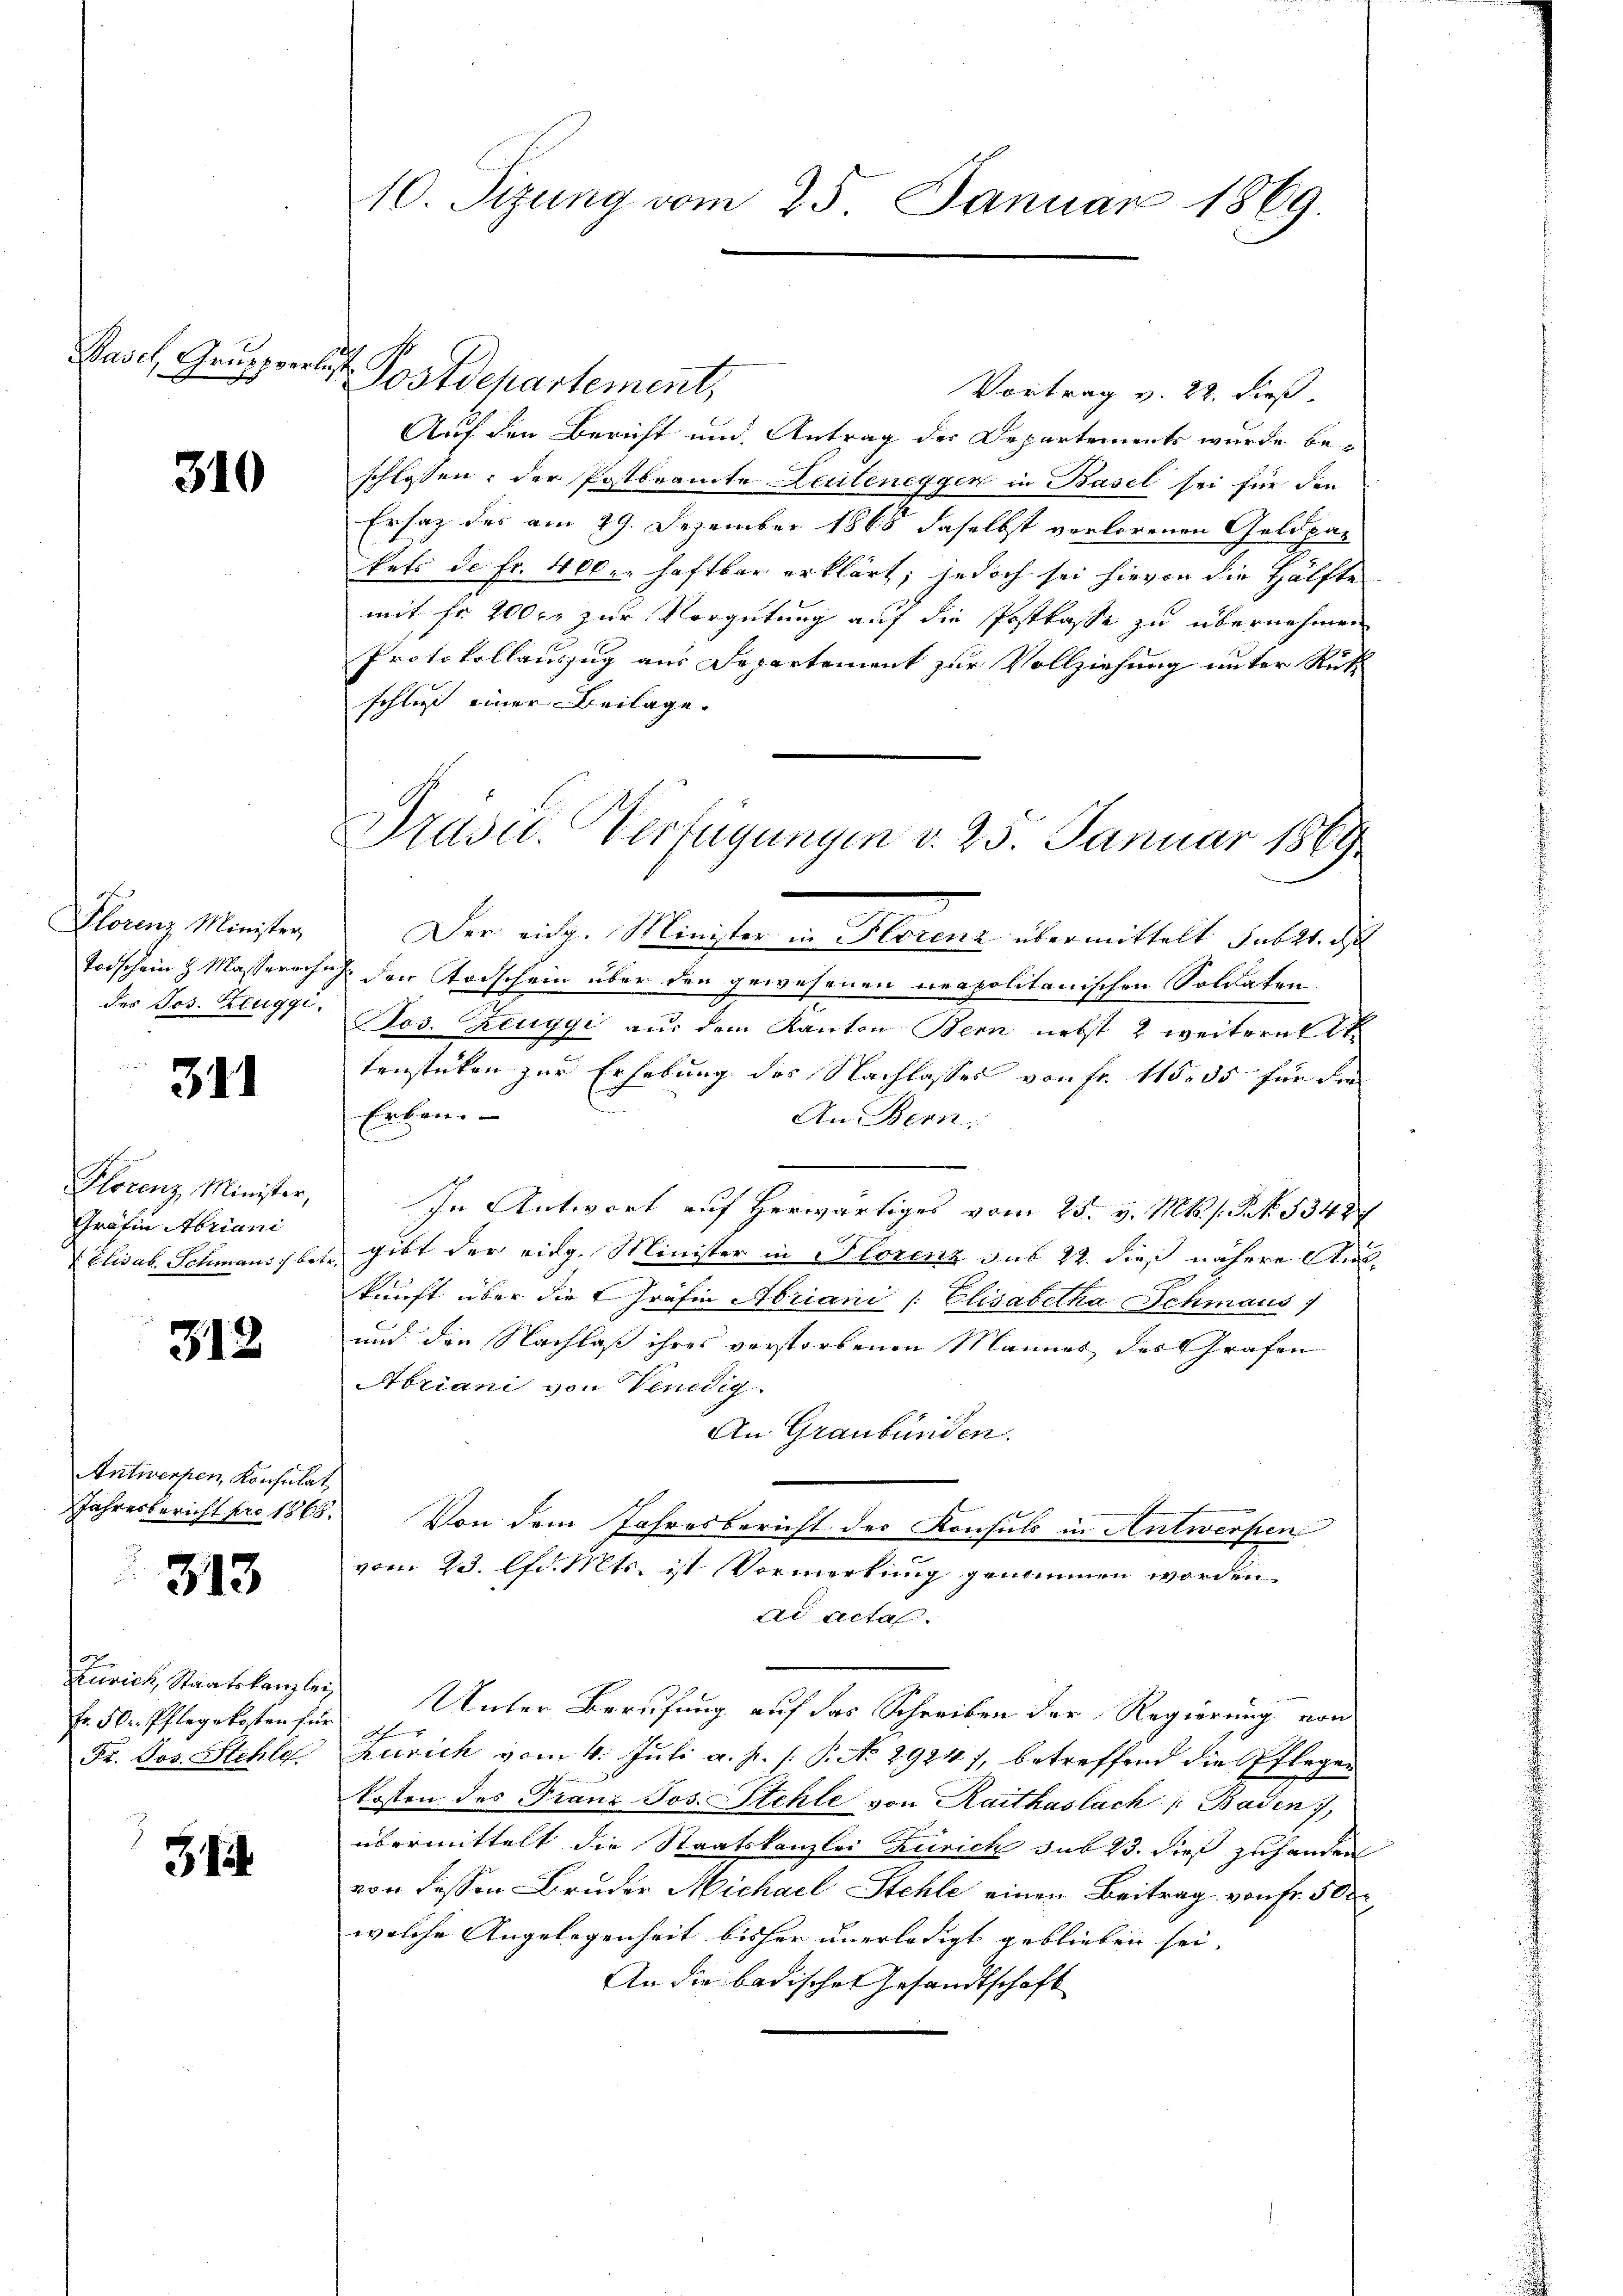
Basel, Gruppverlust

310

Florenz Minister
Todschein H. Masserwehn
des Jos. Zeuggi.

311

Plocenz Minister,
Gräfin Abriani
 Elisab. Schmaus be

312

Antwerfen Konsulat
Jahresbericht pro 1868.

313

Zürich, Staatskanzley
Fr. 5kr. Pflegekosten für
Fr. Jos. Stehle

31

10. Sizung vom 25. Januar 1869.

Postdepartement,

Vortrag v. 22. dieß.
Auf den Bericht und Antrag der Departements wurde be-
schlossen: der Postbramte Leuteneggen in Basel sei für den
Ersatz des am 29. Dezember 1868 daselbst verlorenen Geldpar
kets de Fr. 400 er haftbar erklärt; jedoch sei hievon die Hälfte
mit fr. 200 c. zur Vergütung auf die Postkasse zu übernehmen
Protokollauszug aus Departement zur Vollziehung unter Rütz
schließ einer Beilage
Der eidg. Minister in Florenz übermittelt subtt. d
I der Strischem über den gewesenen neapolitanischen Soldaten-
Jos. Zeuggi aus dem Kanton Bern nebst & weiteres
tenstücken zur Erhebung des Nachlasses von fr. 115, 35 für die
Erben.
An Bern.
In Antwort auf herwärtiges vom 25. v. Mts. s. Frk. 534
gibt der eidg. Minister in Florenz sub 22. dies nähere Auskunft über die Gräfin Abriani / Elisabetha Schmaus
und den Nachlaß ihres verstorbenen Mannes des Grafen
Abriani von Venedig
An Graubünden.
Von dem Jahresbericht des Konsuls in Antwerfen
vom 23. lfd. Mts. ist Vormerkung genommen worden.
ad acta.
Unter Berufung auf das Schreiben der Regierung von
.
h
Zürich vom 4. Juli a. p. P. P. No 29247, betreffend die Pflegen
kosten des Franz Jos. Stehle von Raitkaslach Baden,
übermittelt die Staatskanzlei Zürich sub 23. dieß zuhanden
von dessen Bruder Michael Stehle einen Beitrag von Fr. 500
welche Angelegenheit bisher unerledigt geblieben sei.
An die badische Gesandtschaft

Pruse. Verfügungen d. 25. Januar 1869